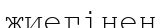
жиегінен